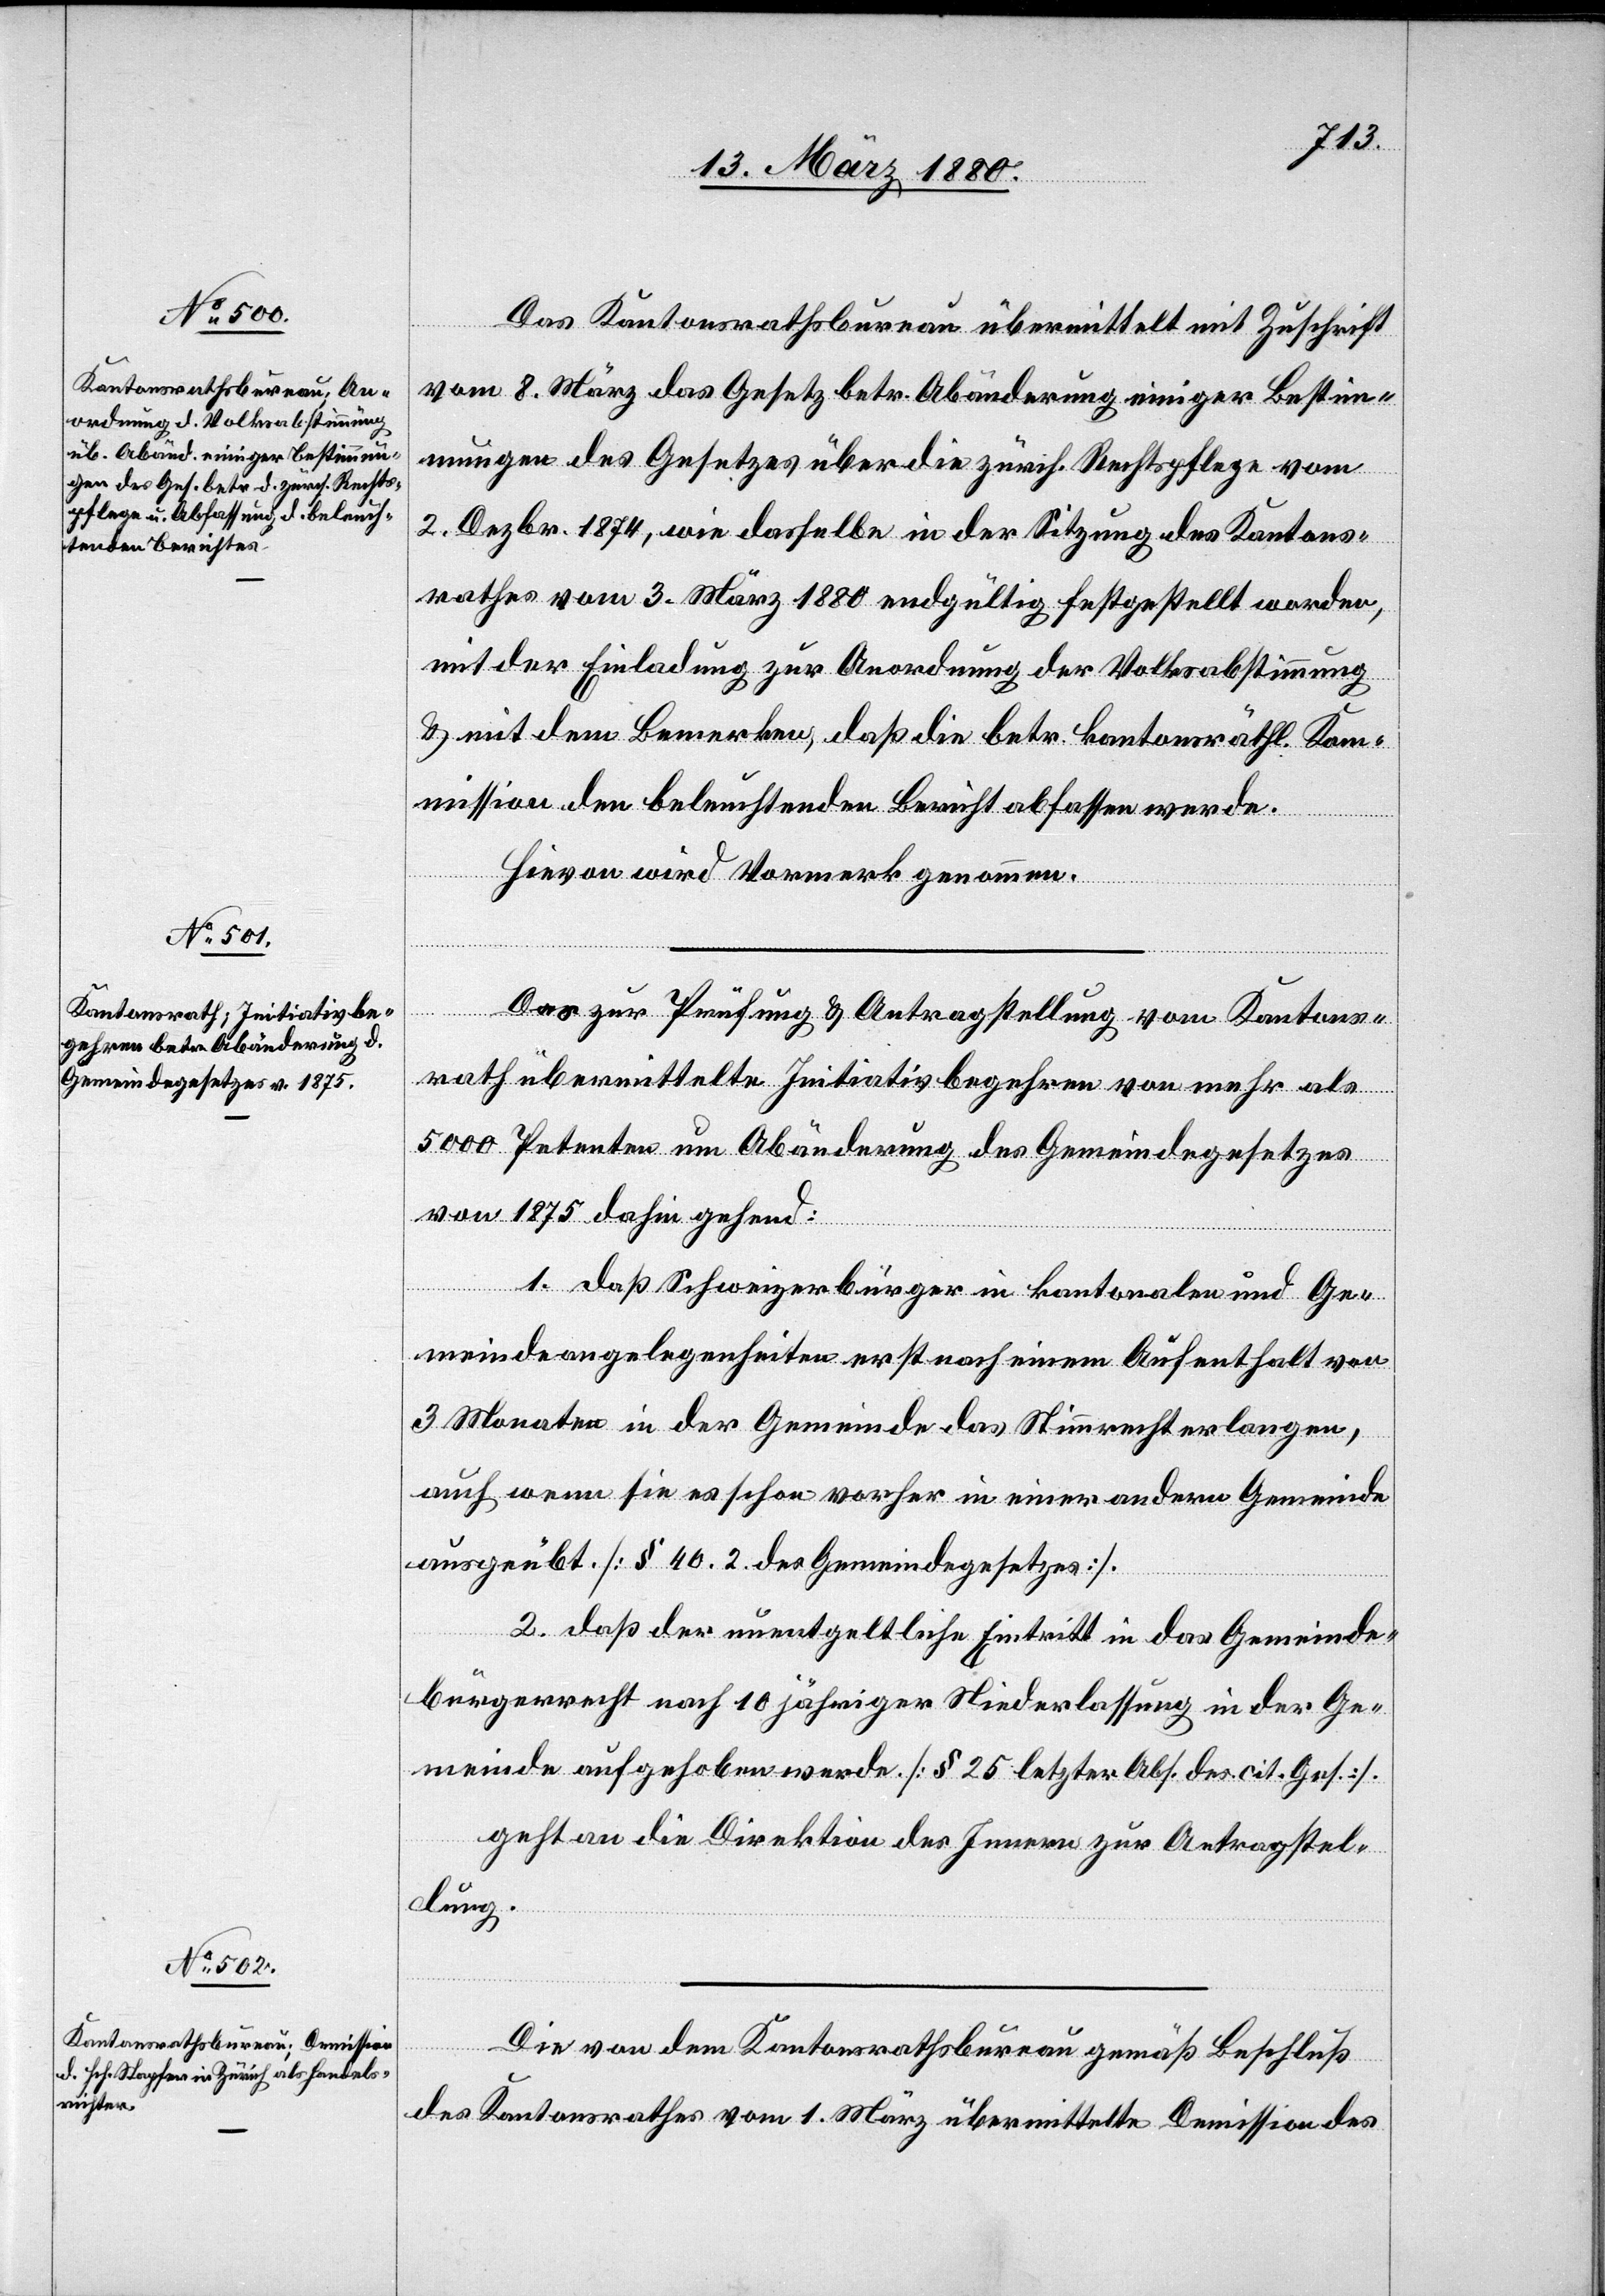
Das Kantonsrathsbureau übermittelt mit Zuschrift
vom 8. März das Gesetz betr. Abänderung einiger Bestim¬
mungen des Gesetzes über die zürcherische Rechtspflege vom
2. Dezbr. 1874, wie dasselbe in der Sitzung des Kantons¬
rathes vom 3. März 1880 endgültig festgestellt worden,
mit der Einladung zur Anordnung der Volksabstimmung
& mit dem Bemerken, daß die betr. kantonsräthl. Kom¬
mission den beleuchtenden Bericht abfassen werde.
Hievon wird Vormerk genommen.
Das zur Prüfung & Antragstellung vom Kantons¬
rath übermittelte Initiativbegehren von mehr als
5000 Petenten um Abänderung des Gemeindegesetzes
von 1875 dahin gehend:
1. Daß Schweizerbürger in kantonalen und Ge¬
meindeangelegenheiten erst nach einem Aufenthalt von
3 Monaten in der Gemeinde das Stimmrecht erlangen,
auch wenn sie es schon vorher in einer andern Gemeinde
ausgeübt. [§ 40. 2. des Gemeindegesetzes].
2. Daß der unentgeltliche Eintritt in das Gemeinde¬
bürgerrecht nach 10 jähriger Niederlassung in der Ge¬
meinde aufgehoben werde. [§ 25 letzter Abs. des cit. Ges.].
geht an die Direktion des Innern zur Antragstel¬
lung.
Die von dem Kantonsrathsbureau gemäß Beschluß
des Kantonsrathes vom 1. März übermittelte Demission des